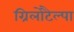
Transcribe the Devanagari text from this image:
ग्रिलोटैल्पा